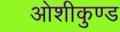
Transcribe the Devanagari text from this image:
ओशीकुण्ड